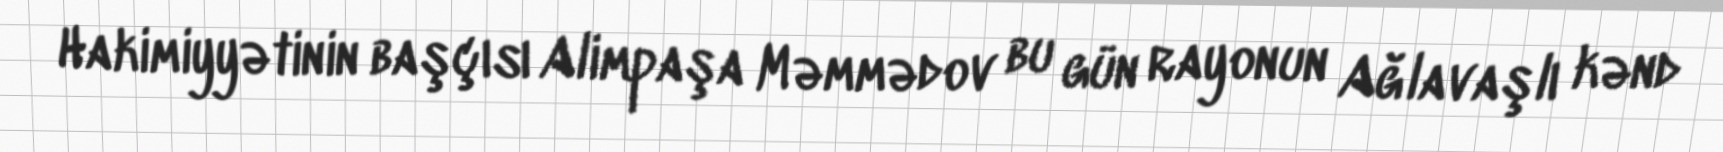
Hakimiyyətinin başçısı Alimpaşa Məmmədov bu gün rayonun Ağlavaşlı kənd